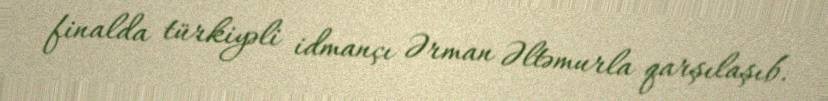
finalda türkiyəli idmançı Ərman Əltəmurla qarşılaşıb.